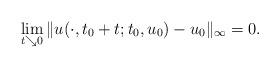
LaTeX: \begin{align*}\lim_{t\searrow 0}\|u(\cdot,t_0+t;t_0,u_0)-u_0\|_{\infty}=0.\end{align*}